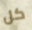
كل